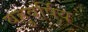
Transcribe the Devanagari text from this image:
बहुवर्षिय